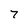
Character: 7